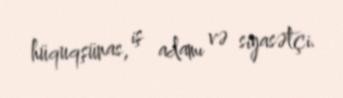
hüquqşünas, iş adamı və siyasətçi.